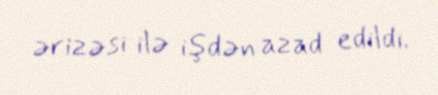
ərizəsi ilə işdən azad edildi.